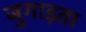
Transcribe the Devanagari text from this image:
जुगाड़ता